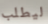
ليطلب